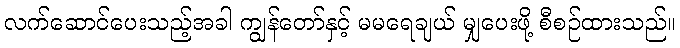
လက်ဆောင်ပေးသည့်အခါ ကျွန်တော်နှင့် မမရေချယ် မျှပေးဖို့ စီစဉ်ထားသည်။